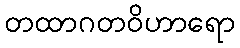
တထာဂတဝိဟာရော